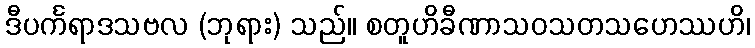
ဒီပင်္ကရာဒသဗလ (ဘုရား) သည်။ စတူဟိခီဏာသဝသတသဟေဿဟိ၊